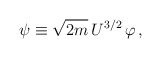
\begin{align*}\psi \equiv \sqrt{2m}\,U^{3/2}\,\varphi\, ,\end{align*}